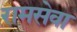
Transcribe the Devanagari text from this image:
रामसेवा